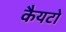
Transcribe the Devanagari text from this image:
कैयटो